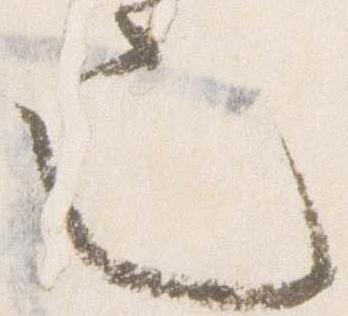
也